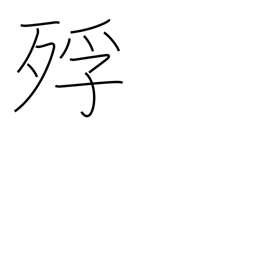
Meaning: dying of starvation